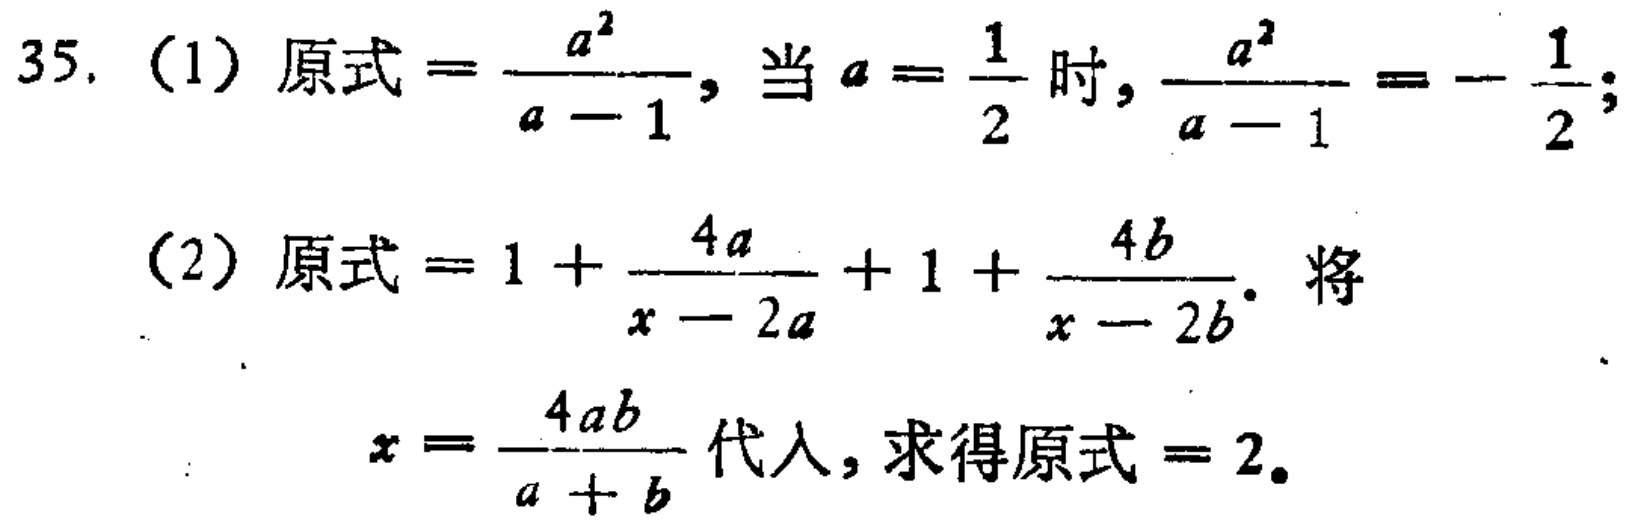
35. (1) 原式$=\frac{a^{2}}{a - 1}$，当$a = \frac{1}{2}$时，$\frac{a^{2}}{a - 1}=-\frac{1}{2}$；

(2) 原式$=1+\frac{4a}{x - 2a}+1+\frac{4b}{x - 2b}$. 将$x = \frac{4ab}{a + b}$代入，求得原式$ = 2$.